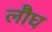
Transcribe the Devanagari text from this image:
लौघ